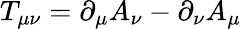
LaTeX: T_{\mu\nu}=\partial_{\mu}A_{\nu}-\partial_{\nu}A_{\mu}